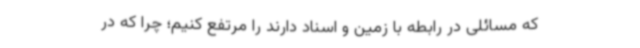
که مسائلی در رابطه با زمین و اسناد دارند را مرتفع کنیم؛ چرا که در